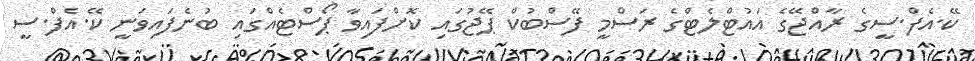
ކޭ.އެފް.ސީގެ ރާއްޖޭގެ އައުޓްލެޓްގެ ރަސްމީ ފޭސްބުކް ޕޭޖުގައި ކޮށްފައިވާ ޕޯސްޓެއްގައި ބުނެފައިވަނީ ކޭ.އެފް.ސީ